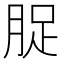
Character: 𮌘